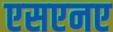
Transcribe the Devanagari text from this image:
एसएनए